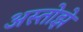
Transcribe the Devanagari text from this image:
अस्तोझे